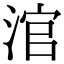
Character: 涫